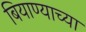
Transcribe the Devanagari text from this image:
बियाण्याच्या